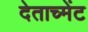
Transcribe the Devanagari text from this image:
देताच्मेंट